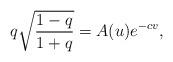
LaTeX: \begin{align*} q\sqrt{\frac{1-q}{1+q}}=A(u)e^{-cv},\end{align*}